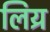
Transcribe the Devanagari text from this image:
लिय्र